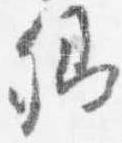
卿